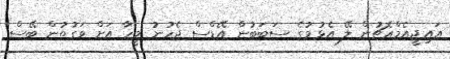
އައިޖީއެމްއެޗުން ލޭ އެޅުމުގެ ސަބަބުން އޭޑްސް ޖެހުނު މީހާ އަށް ވަގުތުން ބޭސް